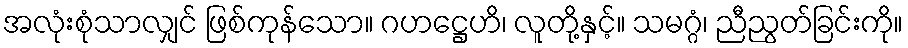
အလုံးစုံသာလျှင် ဖြစ်ကုန်သော။ ဂဟဋ္ဌေဟိ၊ လူတို့နှင့်။ သမဂ္ဂံ၊ ညီညွတ်ခြင်းကို။